Vaccination in Bombay 1863-1868 - 1863-1868
Year: 1863
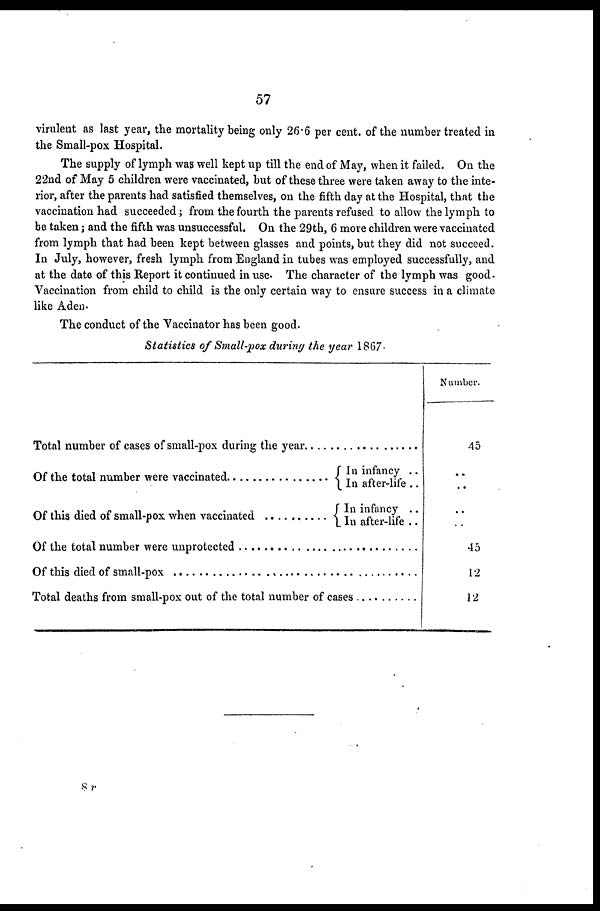
57
virulent as last year, the mortality being only 26.6 per cent. of the number treated in
the Small-pox Hospital.
The supply of lymph was well kept up till the end of May, when it failed. On the
22nd of May 5 children were vaccinated, but of these three were taken away to the inte-
rior, after the parents had satisfied themselves, on the fifth day at the Hospital, that the
vaccination had succeeded; from the fourth the parents refused to allow the lymph to
be taken; and the fifth was unsuccessful. On the 29 th, 6 more children were vaccinated
from lymph that had been kept between glasses and points, but they did not succeed.
In July, however, fresh lymph from England in tubes was employed successfully, and
at the date of this Report it continued in use. The character of the lymph was good.
Vaccination from child to child is the only certain way to ensure success in a climate
like Aden.
The conduct of the Vaccinator has been good.
Statistics of Small-pox during the year 1867.
Total number of cases of small-pox during the year ..................
Of the total number were vaccinated ..................
Of this died of small-pox when vaccinated ..........
In infancy ..
In after-life ..
In infancy ..
In after-life ..
Of the total number were unprotected ...........................
Of this died of small-pox ........................................
Total deaths from small-pox out of the total number of cases ...............
Number.
45
..
..
..
..
45
12
12
8 v